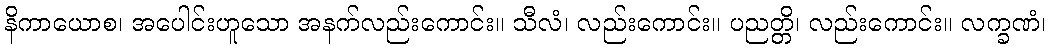
နိကာယောစ၊ အပေါင်းဟူသော အနက်လည်းကောင်း။ သီလံ၊ လည်းကောင်း။ ပညတ္တိ၊ လည်းကောင်း။ လက္ခဏံ၊